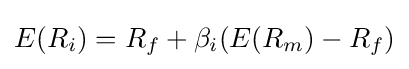
E(R_{i})=R_{f}+\beta _{i}(E(R_{m})-R_{f})